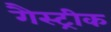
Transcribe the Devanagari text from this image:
गैस्ट्रीक